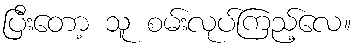
ပြီးတော့ သူ စမ်းလုပ်ကြည့်လေ။